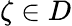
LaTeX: \zeta\in D